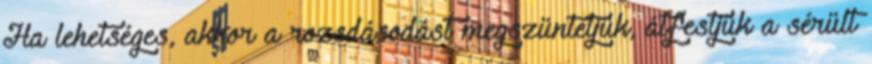
Ha lehetséges, akkor a rozsdásodást megszüntetjük, átfestjük a sérült